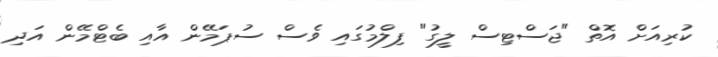
ކުރިއަށް އޮތް "ޖަސްޓިސް ލީގު" ފިލްމުގައި ވެސް ސުޕަމޭން އާއި ބެޓްމޭން އަދި